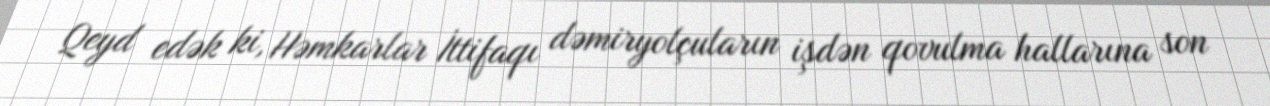
Qeyd edək ki, Həmkarlar İttifaqı dəmiryolçuların işdən qovulma hallarına son